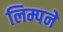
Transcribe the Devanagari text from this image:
लिम्पने